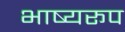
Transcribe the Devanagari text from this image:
भाष्यरूप